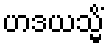
ဟဒယသ္မိံ